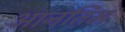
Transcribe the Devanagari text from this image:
आनतिम